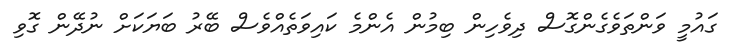
ގައުމީ ވަންތަވެގެންގޮސް ދިވެހިން ބިމުން އެންމެ ކައިވަތެއްވެސް ބޭރު ބަޔަކަށް ނުދޭން ގޮވި